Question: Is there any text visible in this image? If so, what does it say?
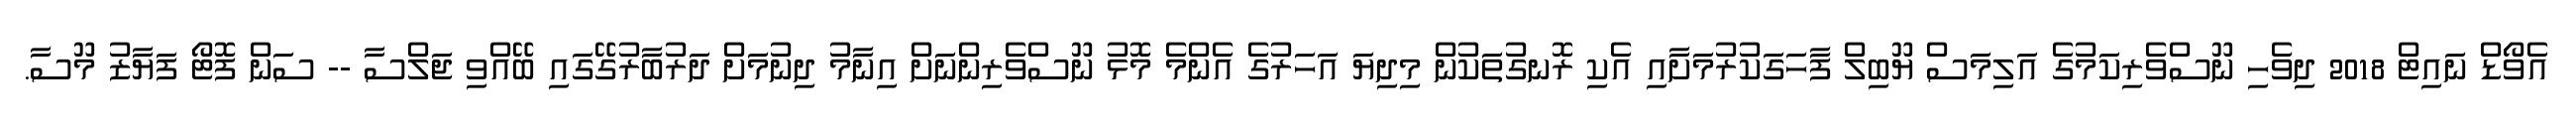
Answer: އެވޯޑް ނައިޓް 2018 ދިވެހި ނޫސްވެރިކަމުގެ އަލިމަސް ޔޫބިލް ފާހަގަކުރުމަށާއި އެކި ރޮނގުތަކުން މިދިޔަ އަހަރުގެ އެންމެ މޮޅު ނޫސްވެރިންނަށް އިނާމު ދިނުމަށް ދަރުބާރުގޭގައި ބޭއްވި ޖަލްސާ -- ސަން ފޮޓޯ ފަޔާޒު މޫސާ.